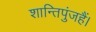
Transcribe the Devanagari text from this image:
शान्तिपुंजहैं।